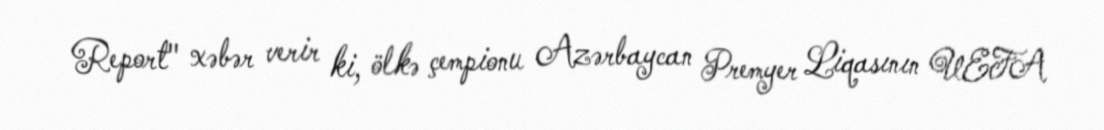
Report" xəbər verir ki, ölkə çempionu Azərbaycan Premyer Liqasının UEFA